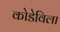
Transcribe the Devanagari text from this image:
कोडेविला